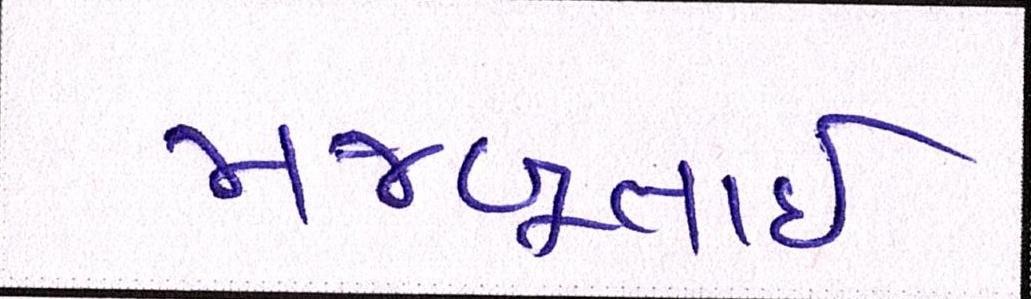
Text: મજબૂતાઈ